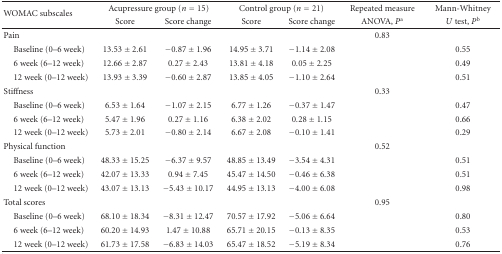
<table><thead><tr><td rowspan="2"><b>WOMAC subscales</b></td><td colspan="2"><b>Acupressure group (<i>n</i> = 15)</b></td><td colspan="2"><b>Control group (<i>n</i> = 21)</b></td><td><b>Repeated measure </b></td><td><b>Mann-Whitney</b></td></tr><tr><td><b>Score</b></td><td><b>Score change</b></td><td><b>Score</b></td><td><b>Score change</b></td><td><b>ANOVA, <i>P</i><sup>a</sup></b></td><td><b><i>U</i> test, <i>P</i><sup>b</sup></b></td></tr></thead><tbody><tr><td>Pain</td><td> </td><td> </td><td> </td><td> </td><td>0.83</td><td> </td></tr><tr><td> Baseline (0–6 week)</td><td>13.53 ± 2.61</td><td> − 0.87 ± 1.96</td><td>14.95 ± 3.71</td><td> − 1.14 ± 2.08</td><td> </td><td>0.55</td></tr><tr><td> 6 week (6–12 week)</td><td>12.66 ± 2.87</td><td>0.27 ± 2.43</td><td>13.81 ± 4.18</td><td>0.05 ± 2.25</td><td> </td><td>0.49</td></tr><tr><td> 12 week (0–12 week) </td><td>13.93 ± 3.39</td><td>−0.60 ± 2.87</td><td>13.85 ± 4.05</td><td>−1.10 ± 2.64</td><td> </td><td>0.51</td></tr><tr><td>Stiffness</td><td></td><td></td><td> </td><td></td><td>0.33</td><td> </td></tr><tr><td> Baseline (0–6 week)</td><td>6.53 ± 1.64</td><td>−1.07 ± 2.15</td><td>6.77 ± 1.26</td><td>−0.37 ± 1.47</td><td> </td><td>0.47</td></tr><tr><td> 6 week (6–12 week)</td><td>5.47 ± 1.96</td><td>0.27 ± 1.16</td><td>6.38 ± 2.02</td><td>0.28 ± 1.15</td><td> </td><td>0.66</td></tr><tr><td> 12 week (0–12 week) </td><td>5.73 ± 2.01</td><td>−0.80 ± 2.14</td><td>6.67 ± 2.08</td><td>−0.10 ± 1.41</td><td> </td><td>0.29</td></tr><tr><td>Physical function </td><td></td><td></td><td> </td><td></td><td>0.52</td><td> </td></tr><tr><td> Baseline (0–6 week)</td><td>48.33 ± 15.25</td><td>−6.37 ± 9.57</td><td>48.85 ± 13.49</td><td>−3.54 ± 4.31</td><td> </td><td>0.51</td></tr><tr><td> 6 week (6–12 week)</td><td>42.07 ± 13.33</td><td>0.94 ± 7.45</td><td>45.47 ± 14.50</td><td>−0.46 ± 6.38</td><td> </td><td>0.51</td></tr><tr><td> 12 week (0–12 week) </td><td>43.07 ± 13.13</td><td>−5.43 ± 10.17</td><td>44.95 ± 13.13</td><td>−4.00 ± 6.08</td><td> </td><td>0.98</td></tr><tr><td>Total scores</td><td></td><td></td><td> </td><td></td><td>0.95</td><td> </td></tr><tr><td> Baseline (0–6 week)</td><td>68.10 ± 18.34</td><td>−8.31 ± 12.47</td><td>70.57 ± 17.92</td><td>−5.06 ± 6.64</td><td> </td><td>0.80</td></tr><tr><td> 6 week (6–12 week)</td><td>60.20 ± 14.93</td><td>1.47 ± 10.88</td><td>65.71 ± 20.15</td><td>−0.13 ± 8.35</td><td> </td><td>0.53</td></tr><tr><td> 12 week (0–12 week) </td><td>61.73 ± 17.58</td><td>−6.83 ± 14.03</td><td>65.47 ± 18.52</td><td>−5.19 ± 8.34</td><td> </td><td>0.76</td></tr></tbody></table>